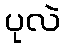
ပုလဲ